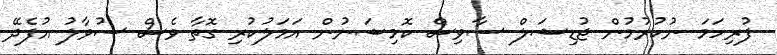
ފުރިހަމަ ނުކުރުމުން ޖުޑިޝަލް ސާވިސް ކޮމިޝަނުން އަމަލުކުރި ގޮތާ ވެސް ސުވާލު އުފެދޭ